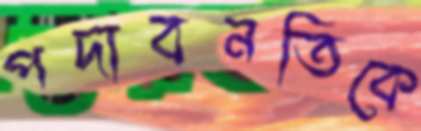
পদাবনতিকে